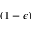
( 1 - \epsilon )